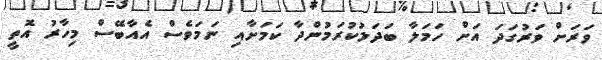
ވަރަށް ވަރުގަދަ އަށް ހަމަލާ ބަދަލުކުރަމުންދާ ކަމަށާއި ނަމަވެސް އެއާބޭސް މިހާރު އޮތީ